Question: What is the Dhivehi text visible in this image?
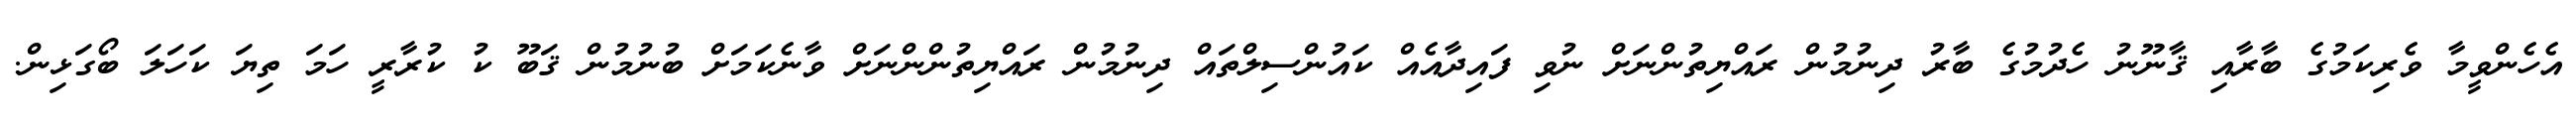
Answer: އެހެންވީމާ ވެރިކަމުގެ ބާރާއި ޤާނޫނު ހެދުމުގެ ބާރު ދިނުމުން ރައްޔިތުންނަށް ނުވި ފައިދާއެއް ކައުންސިލްތައް ދިނުމުން ރައްޔިތުންންނަށް ވާނެކަމަށް ބުނުމުން ޤަބޫ ކު ކުރާރީ ހަމަ ތިޔަ ކަހަލަ ބޯގަޅިން.